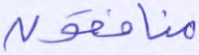
منافقون